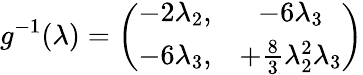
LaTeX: g^{-1}(\lambda)=\left(\begin{array}{cc}{{-2\lambda_{2},}}&{{-6\lambda_{3}}}\\ {{-6\lambda_{3},}}&{{+\frac 83\lambda_{2}^{2}\lambda_{3}}}\end{array}\right)